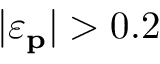
| \varepsilon _ { \mathbf { p } } | > 0 . 2